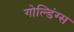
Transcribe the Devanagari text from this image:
गोल्डिंग्स